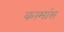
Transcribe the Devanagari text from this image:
कामांस